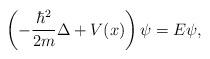
LaTeX: \begin{align*}\left(-{{\hbar^2}\over {2m}}\Delta+V(x)\right)\psi=E\psi,\end{align*}